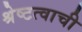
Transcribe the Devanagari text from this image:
श्रेष्टत्वाची